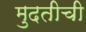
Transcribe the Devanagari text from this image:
मुदतीची